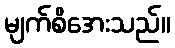
မျက်စိအေးသည်။